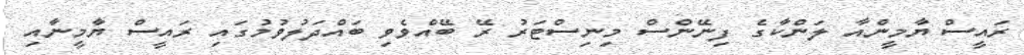
ރައީސް ޔާމީންއާ ލަންކާގެ ފިނޭންސް މިނިސްޓަރު ރޭ ބޭއްވެވި ބައްދަލުވުމުގައި ރައީސް ޔާމީނާއި